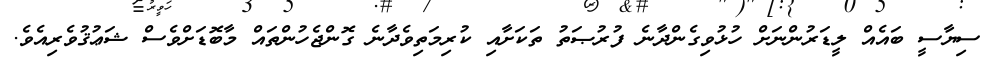
ސިޔާސީ ބައެއް ލީޑަރުންނަށް ހުޅުވިގެންދާނެ ފުރުޞަތު ތަކަށާއި ކުރިމަތިވެދާނެ ގޮންޖެހުންތައް މާބޮޑަށްވެސް ޝަޢުޤުވެރިއެވެ.